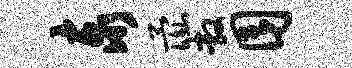
泰彘敞囿